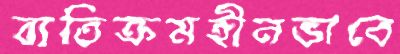
ব্যতিক্রমহীনভাবে